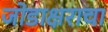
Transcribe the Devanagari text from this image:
जोडाक्षराचा